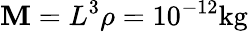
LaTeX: \mathbf{M}=L^{3}\rho=10^{-12}\mathrm{{kg}}